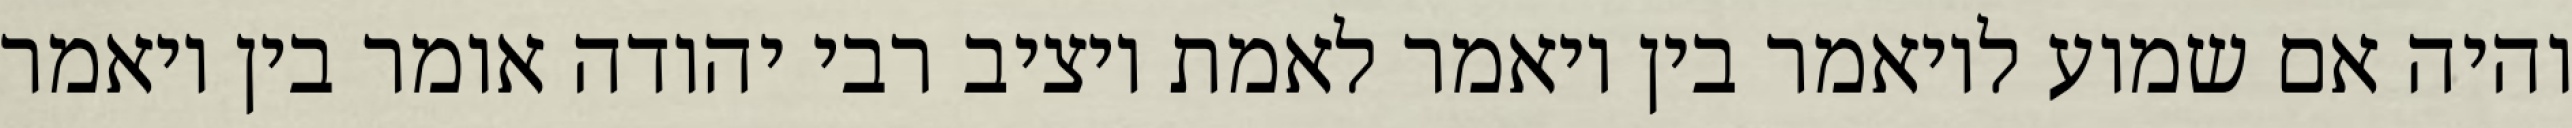
והיה אם שמוע לויאמר בין ויאמר לאמת ויציב רבי יהודה אומר בין ויאמר